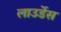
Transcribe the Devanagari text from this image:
लाउर्डेस